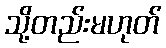
သို့တည်းမဟုတ်